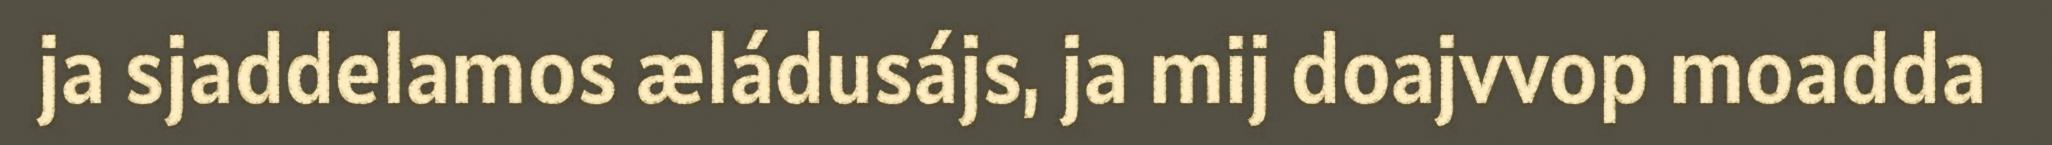
ja sjaddelamos æládusájs, ja mij doajvvop moadda